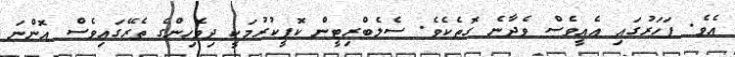
އެވެ. ފަހަރުގައި އެއީވެސް ވެދާނެ ގޮތެކެވެ. ސެލެބްރިޓީން ކޮޕީކުރުމަކީ ދިވެހިންގެ ތެރޭގައިވެސް އޮންނަ